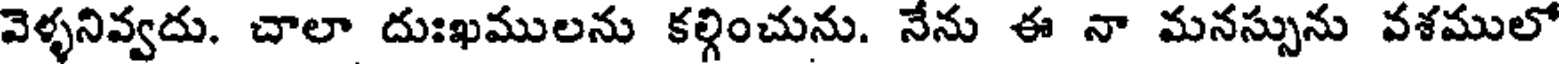
వెళ్ళనివ్వదు. చాలా దుఃఖములను కల్గించును. నేను ఈ నా మనస్సును వశములో